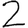
Digit: 2